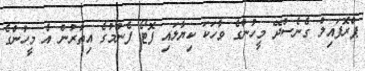
ޕްރޮފައިލް ގެނެސްދޭ މީހުންގެ ވާހަކަ ކިޔާލައި ފޮޓޯ ފެނުމުގެ އިތުރުން އެ މީހުންގެ